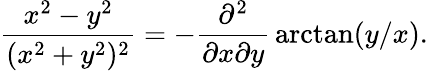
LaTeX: {\frac{x^{2}-y^{2}}{(x^{2}+y^{2})^{2}}}=-{\frac{\partial^{2}}{\partial x\partial y}}\arctan(y/x).